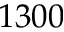
1 3 0 0